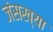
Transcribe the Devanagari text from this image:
जंसख्या